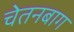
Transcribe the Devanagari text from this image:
चेतनबाग